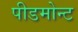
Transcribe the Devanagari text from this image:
पीडमोन्ट